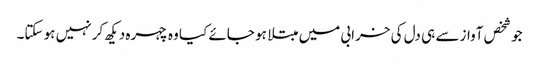
جو شخص آواز سے ہی دل کی خرابی میں مبتلا ہو جائے کیا وہ چہرہ دیکھ کر نہیں ہو سکتا۔